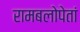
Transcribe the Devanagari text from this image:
रामबलोपेतां